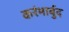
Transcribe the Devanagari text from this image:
करंभार्बुद